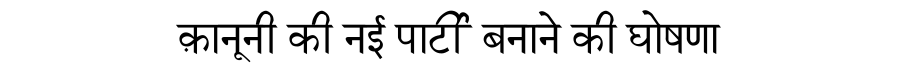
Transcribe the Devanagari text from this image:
क़ानूनी की नई पार्टी बनाने की घोषणा